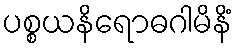
ပစ္စယနိရောဓဂါမိနိံ